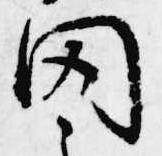
聞